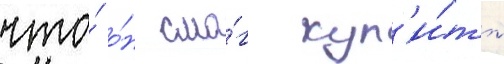
что́ о́н смо́г куп'и́ть